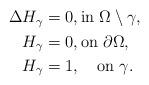
LaTeX: \begin{align*}\begin{aligned}\Delta H_\gamma&=0,\mbox{in}\ \Omega\setminus \gamma,\\H_\gamma&=0, \mbox{on}\ \partial\Omega,\\H_\gamma&=1, \quad\mbox{on}\ \gamma.\end{aligned}\end{align*}